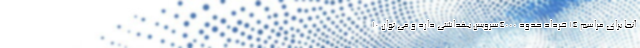
آنجا برای مراسم ۱۴ خرداد حدود ۴۰۰۰سرویس بهداشتی دارد و می توان ۱۰